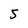
Character: 5